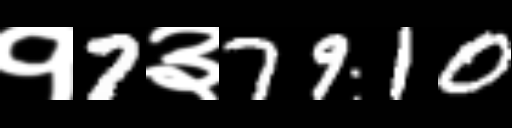
Text: १7३7910